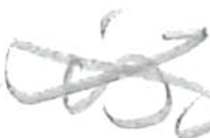
Text: is
Cross-out: cross
Writing tool: pencil